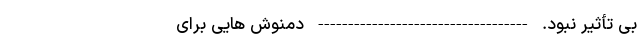
بی تأثیر نبود. ----------------------------------- دمنوش هایی برای